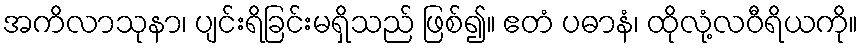
အကိလာသုနာ၊ ပျင်းရိခြင်းမရှိသည် ဖြစ်၍။ ဧတံ ပဓာနံ၊ ထိုလုံ့လဝီရိယကို။